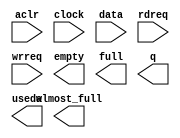
// megafunction wizard: %FIFO%VBB%
// GENERATION: STANDARD
// VERSION: WM1.0
// MODULE: scfifo 

// ============================================================
// Megafunction Name(s):
// 			scfifo
//
// Simulation Library Files(s):
// 			altera_mf
// ============================================================
// ************************************************************
// THIS IS A WIZARD-GENERATED FILE. DO NOT EDIT THIS FILE!
//
// 11.1 Build 173 11/01/2011 SJ Full Version
// ************************************************************

//Copyright (C) 1991-2011 Altera Corporation
//Your use of Altera Corporation's design tools, logic functions 
//and other software and tools, and its AMPP partner logic 
//functions, and any output files from any of the foregoing 
//(including device programming or simulation files), and any 
//associated documentation or information are expressly subject 
//to the terms and conditions of the Altera Program License 
//Subscription Agreement, Altera MegaCore Function License 
//Agreement, or other applicable license agreement, including, 
//without limitation, that your use is for the sole purpose of 
//programming logic devices manufactured by Altera and sold by 
//Altera or its authorized distributors.  Please refer to the 
//applicable agreement for further details.

module cpci_pci2net_16x60 (
	aclr,
	clock,
	data,
	rdreq,
	wrreq,
	almost_full,
	empty,
	full,
	q,
	usedw);

	input	  aclr;
	input	  clock;
	input	[59:0]  data;
	input	  rdreq;
	input	  wrreq;
	output	  almost_full;
	output	  empty;
	output	  full;
	output	[59:0]  q;
	output	[3:0]  usedw;

endmodule

// ============================================================
// CNX file retrieval info
// ============================================================
// Retrieval info: PRIVATE: AlmostEmpty NUMERIC "0"
// Retrieval info: PRIVATE: AlmostEmptyThr NUMERIC "-1"
// Retrieval info: PRIVATE: AlmostFull NUMERIC "1"
// Retrieval info: PRIVATE: AlmostFullThr NUMERIC "11"
// Retrieval info: PRIVATE: CLOCKS_ARE_SYNCHRONIZED NUMERIC "0"
// Retrieval info: PRIVATE: Clock NUMERIC "0"
// Retrieval info: PRIVATE: Depth NUMERIC "16"
// Retrieval info: PRIVATE: Empty NUMERIC "1"
// Retrieval info: PRIVATE: Full NUMERIC "1"
// Retrieval info: PRIVATE: INTENDED_DEVICE_FAMILY STRING "Stratix IV"
// Retrieval info: PRIVATE: LE_BasedFIFO NUMERIC "0"
// Retrieval info: PRIVATE: LegacyRREQ NUMERIC "1"
// Retrieval info: PRIVATE: MAX_DEPTH_BY_9 NUMERIC "0"
// Retrieval info: PRIVATE: OVERFLOW_CHECKING NUMERIC "0"
// Retrieval info: PRIVATE: Optimize NUMERIC "0"
// Retrieval info: PRIVATE: RAM_BLOCK_TYPE NUMERIC "0"
// Retrieval info: PRIVATE: SYNTH_WRAPPER_GEN_POSTFIX STRING "0"
// Retrieval info: PRIVATE: UNDERFLOW_CHECKING NUMERIC "0"
// Retrieval info: PRIVATE: UsedW NUMERIC "1"
// Retrieval info: PRIVATE: Width NUMERIC "60"
// Retrieval info: PRIVATE: dc_aclr NUMERIC "0"
// Retrieval info: PRIVATE: diff_widths NUMERIC "0"
// Retrieval info: PRIVATE: msb_usedw NUMERIC "0"
// Retrieval info: PRIVATE: output_width NUMERIC "60"
// Retrieval info: PRIVATE: rsEmpty NUMERIC "1"
// Retrieval info: PRIVATE: rsFull NUMERIC "0"
// Retrieval info: PRIVATE: rsUsedW NUMERIC "0"
// Retrieval info: PRIVATE: sc_aclr NUMERIC "1"
// Retrieval info: PRIVATE: sc_sclr NUMERIC "0"
// Retrieval info: PRIVATE: wsEmpty NUMERIC "0"
// Retrieval info: PRIVATE: wsFull NUMERIC "1"
// Retrieval info: PRIVATE: wsUsedW NUMERIC "0"
// Retrieval info: LIBRARY: altera_mf altera_mf.altera_mf_components.all
// Retrieval info: CONSTANT: ADD_RAM_OUTPUT_REGISTER STRING "OFF"
// Retrieval info: CONSTANT: ALMOST_FULL_VALUE NUMERIC "11"
// Retrieval info: CONSTANT: INTENDED_DEVICE_FAMILY STRING "Stratix IV"
// Retrieval info: CONSTANT: LPM_NUMWORDS NUMERIC "16"
// Retrieval info: CONSTANT: LPM_SHOWAHEAD STRING "OFF"
// Retrieval info: CONSTANT: LPM_TYPE STRING "scfifo"
// Retrieval info: CONSTANT: LPM_WIDTH NUMERIC "60"
// Retrieval info: CONSTANT: LPM_WIDTHU NUMERIC "4"
// Retrieval info: CONSTANT: OVERFLOW_CHECKING STRING "ON"
// Retrieval info: CONSTANT: UNDERFLOW_CHECKING STRING "ON"
// Retrieval info: CONSTANT: USE_EAB STRING "ON"
// Retrieval info: USED_PORT: aclr 0 0 0 0 INPUT NODEFVAL "aclr"
// Retrieval info: USED_PORT: almost_full 0 0 0 0 OUTPUT NODEFVAL "almost_full"
// Retrieval info: USED_PORT: clock 0 0 0 0 INPUT NODEFVAL "clock"
// Retrieval info: USED_PORT: data 0 0 60 0 INPUT NODEFVAL "data[59..0]"
// Retrieval info: USED_PORT: empty 0 0 0 0 OUTPUT NODEFVAL "empty"
// Retrieval info: USED_PORT: full 0 0 0 0 OUTPUT NODEFVAL "full"
// Retrieval info: USED_PORT: q 0 0 60 0 OUTPUT NODEFVAL "q[59..0]"
// Retrieval info: USED_PORT: rdreq 0 0 0 0 INPUT NODEFVAL "rdreq"
// Retrieval info: USED_PORT: usedw 0 0 4 0 OUTPUT NODEFVAL "usedw[3..0]"
// Retrieval info: USED_PORT: wrreq 0 0 0 0 INPUT NODEFVAL "wrreq"
// Retrieval info: CONNECT: @aclr 0 0 0 0 aclr 0 0 0 0
// Retrieval info: CONNECT: @clock 0 0 0 0 clock 0 0 0 0
// Retrieval info: CONNECT: @data 0 0 60 0 data 0 0 60 0
// Retrieval info: CONNECT: @rdreq 0 0 0 0 rdreq 0 0 0 0
// Retrieval info: CONNECT: @wrreq 0 0 0 0 wrreq 0 0 0 0
// Retrieval info: CONNECT: almost_full 0 0 0 0 @almost_full 0 0 0 0
// Retrieval info: CONNECT: empty 0 0 0 0 @empty 0 0 0 0
// Retrieval info: CONNECT: full 0 0 0 0 @full 0 0 0 0
// Retrieval info: CONNECT: q 0 0 60 0 @q 0 0 60 0
// Retrieval info: CONNECT: usedw 0 0 4 0 @usedw 0 0 4 0
// Retrieval info: GEN_FILE: TYPE_NORMAL cpci_pci2net_16x60.v TRUE
// Retrieval info: GEN_FILE: TYPE_NORMAL cpci_pci2net_16x60.inc FALSE
// Retrieval info: GEN_FILE: TYPE_NORMAL cpci_pci2net_16x60.cmp FALSE
// Retrieval info: GEN_FILE: TYPE_NORMAL cpci_pci2net_16x60.bsf FALSE
// Retrieval info: GEN_FILE: TYPE_NORMAL cpci_pci2net_16x60_inst.v TRUE
// Retrieval info: GEN_FILE: TYPE_NORMAL cpci_pci2net_16x60_bb.v TRUE
// Retrieval info: LIB_FILE: altera_mf